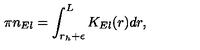
\pi n _ { E l } = \int _ { r _ { h } + \epsilon } ^ { L } K _ { E l } ( r ) d r ,